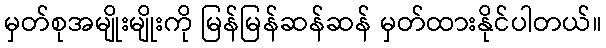
မှတ်စုအမျိုးမျိုးကို မြန်မြန်ဆန်ဆန် မှတ်ထားနိုင်ပါတယ်။